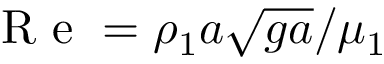
\mathrm { ~ R ~ e ~ } = \rho _ { 1 } a \sqrt { g a } / \mu _ { 1 }